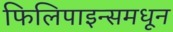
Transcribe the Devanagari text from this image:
फिलिपाइन्समधून